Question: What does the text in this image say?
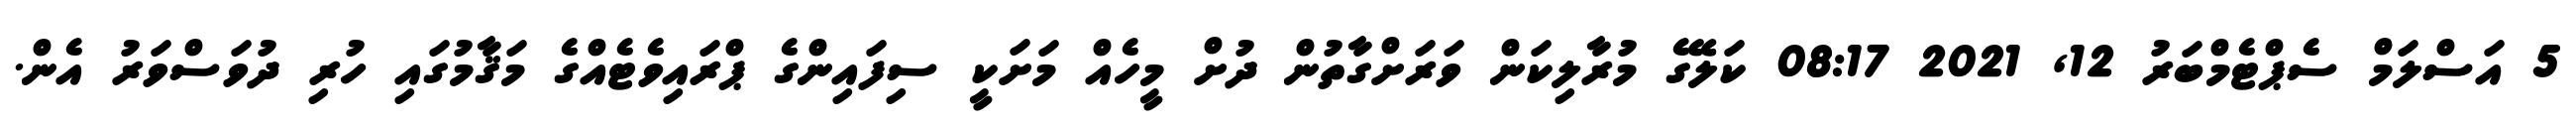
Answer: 5 އަސްލަމް ސެޕްޓެމްބަރު 12, 2021 08:17 ކަލޭގެ މުރާލިކަން ވަރަށްގާތުން ދުށް މީހެއް މަށަކީ ސިފައިންގެ ޕްރައިވެޓެއްގެ މަޤާމުގައި ހުރި ދުވަސްވަރު އެން.